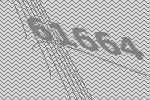
61664